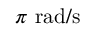
\pi \ \mathrm { r a d / s }